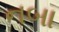
નબા